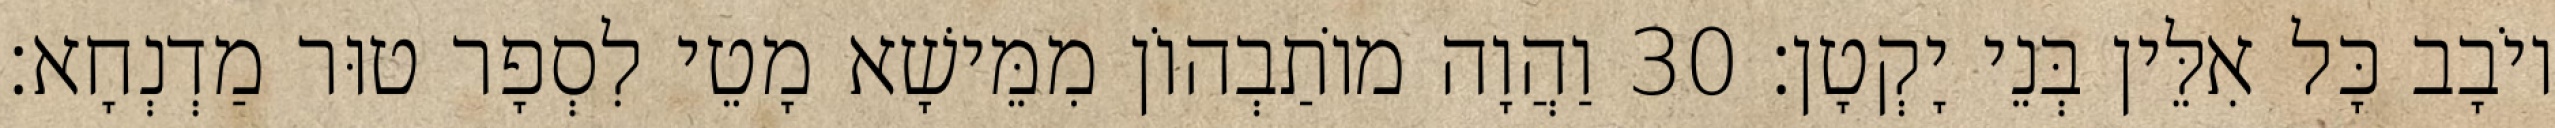
יוֹבָב כָּל אִלֵּין בְּנֵי יָקְטָן׃ 30 וַהֲוָה מוֹתַבְהוֹן מִמֵּישָׁא מָטֵי לִסְפָר טוּר מַדְנְחָא׃